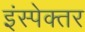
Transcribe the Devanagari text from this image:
इंस्पेक्तर